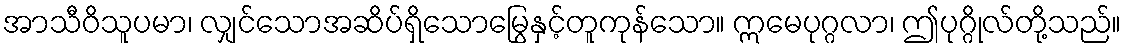
အာသီဝိသူပမာ၊ လျှင်သောအဆိပ်ရှိသောမြွေနှင့်တူကုန်သော။ ဣမေပုဂ္ဂလာ၊ ဤပုဂ္ဂိုလ်တို့သည်။